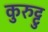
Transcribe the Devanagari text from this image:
कुरुट्टु